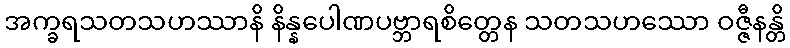
အက္ခရသတသဟဿာနိ နိန္နပေါဏပဗ္ဘာရစိတ္တေန သတသဟဿော ဝဇ္ဇီနန္တိ